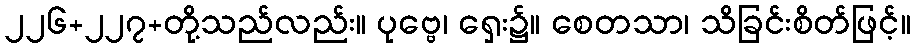
၂၂၆+၂၂၇+တို့သည်လည်း။ ပုဗ္ဗေ၊ ရှေး၌။ စေတသာ၊ သိခြင်းစိတ်ဖြင့်။